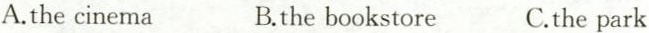
A.the cinema B.the bookstore C.the park